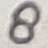
Text: 8